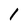
Character: 1